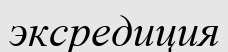
эксредиция